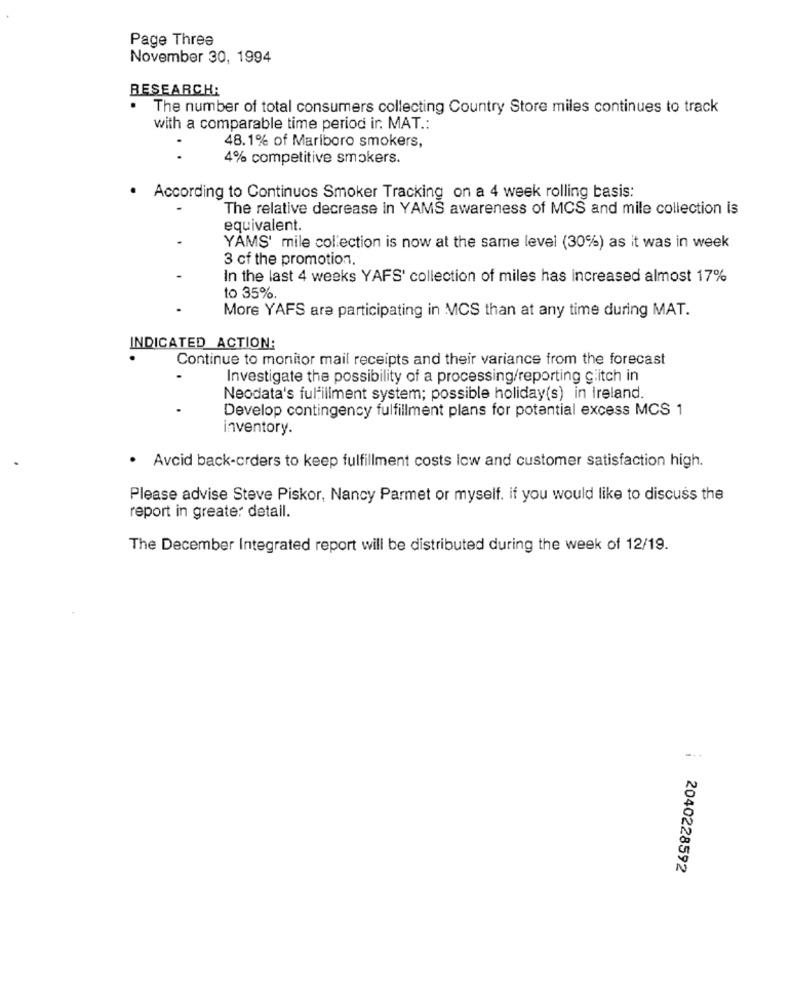
Page Three
November 30, 1994
RESEARCH:
The number of total consumers collecting Country Store miles continues to track
with a comparable time period ir. MAT .:
48.1% of Mariboro smokers,
..
4% competitive smokers.
· According to Continuos Smoker Tracking on a 4 week rolling basis:
The relative decrease in YAMS awareness of MCS and mile collection is
equivalent.
YAMS' mile collection is now at the same level (30%) as it was in week
3 cf the promotion,
In the last 4 weeks YAFS' collection of miles has increased almost 17%
to 35%.
More YAFS are participating in MCS than at any time during MAT.
INDICATED ACTION:
Continue to monitor mail receipts and their variance from the forecast
Investigate the possibility of a processing/reporting glitch in
Neodata's fulfillment system; possible holiday(s) in Ireland.
Develop contingency fulfillment plans for potential excess MCS 1
inventory.
· Avcid back-orders to keep fulfillment costs low and customer satisfaction high.
Please advise Steve Piskor, Nancy Parmet or myself. if you would like to discuss the
report in greater detail.
The December Integrated report will be distributed during the week of 12/19.
2040228592